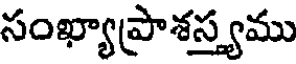
సంఖ్యాప్రాశస్త్యము